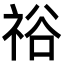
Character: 𥙿